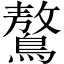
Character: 鷔